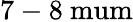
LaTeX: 7-8\mathrm{\ mum}